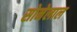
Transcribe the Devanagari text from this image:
सोनेलाल